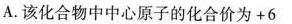
A.该化合物中中心原子的化合价为+6